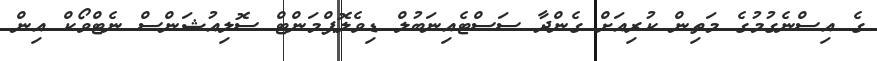
ގެ އިސްނެގުމުގެ މަތިން ކުރިއަށް ގެންދާ ސަސްޓެއިނަބުލް ޑިވެލޮޕްމަންޓް ސޮލިއުޝަންސް ނެޓްވޯކް އިން